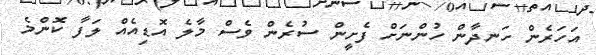
އަހަރެން ހަނދާން ހުންނަށް ފެށީން ސުރެން ވެސް މާލެ އޮޑިއެއް ލަފާ ކޮންމެ